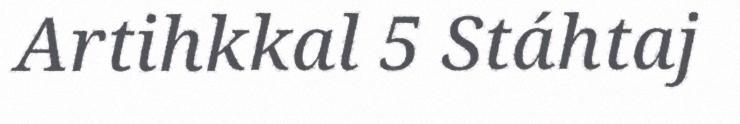
Artihkkal 5 Stáhtaj